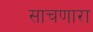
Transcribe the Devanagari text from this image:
साचणारा